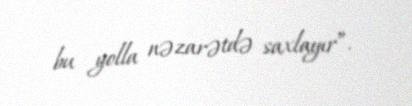
bu yolla nəzarətdə saxlayır”.